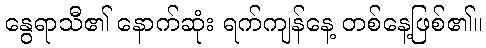
နွေရာသီ၏ နောက်ဆုံး ရက်ကျန်နေ့ တစ်နေ့ဖြစ်၏။